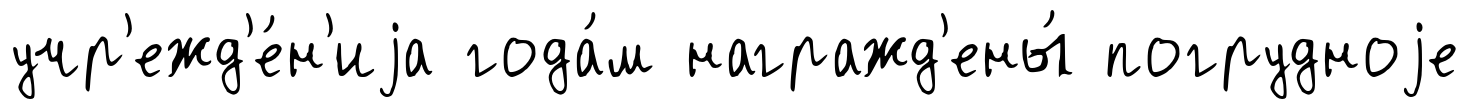
учр'ежд'е́н'иjа года́м награжд'ены́ погрудноjе